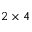
2 \times 4